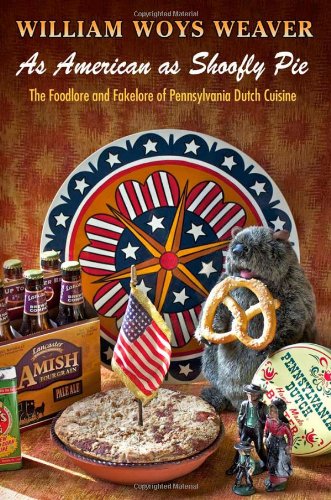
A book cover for As American as Shoofly Pie: The Foodlore and Fakelore of Pennsylvania Dutch Cuisine; William Woys Weaver; Cookbooks, Food & Wine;